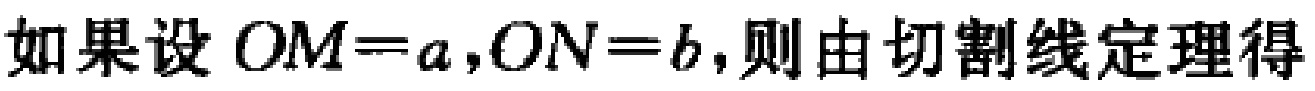
如果设 \(OM = a,ON = b\),则由切割线定理得